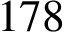
1 7 8